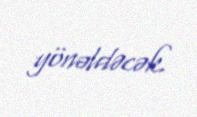
yönəldəcək.